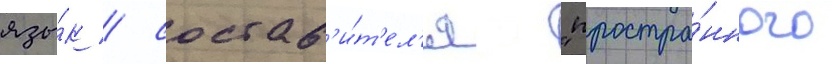
язы́к / состав'и́т'ел'я "простра́нного